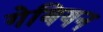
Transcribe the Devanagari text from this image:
गेबियन